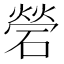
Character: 䃕